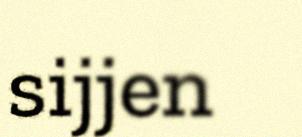
sijjen